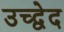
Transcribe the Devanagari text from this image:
उच्द्वेद